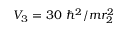
V _ { 3 } = 3 0 ~ \hbar ^ { 2 } / m r _ { 2 } ^ { 2 }